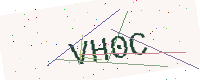
Text: VH0C